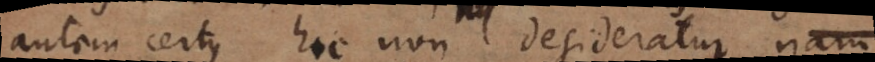
autem certus hic non desideratur, nam